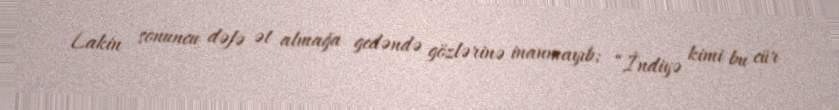
Lakin sonuncu dəfə ət almağa gedəndə gözlərinə inanmayıb: “İndiyə kimi bu cür